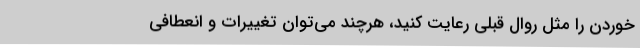
خوردن را مثل روال قبلی رعایت کنید، هرچند می‌توان تغییرات و انعطافی